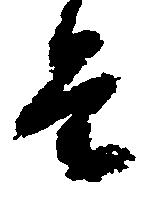
条